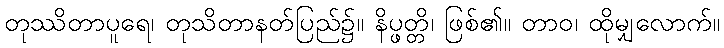
တုဿိတာပူရေ၊ တုသိတာနတ်ပြည်၌။ နိပ္ဖတ္တိ၊ ဖြစ်၏။ တာဝ၊ ထိုမျှလောက်။